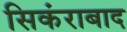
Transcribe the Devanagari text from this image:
सिकंराबाद